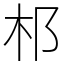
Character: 䢶